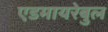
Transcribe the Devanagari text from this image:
एडमायरेबुल